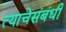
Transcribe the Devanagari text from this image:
त्याचेसंबंधी